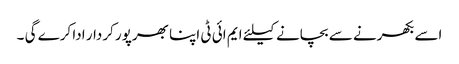
اسے بکھرنے سے بچانے کیلئے ایم ائی ٹی اپنا بھرپور کردار ادا کرے گی ۔